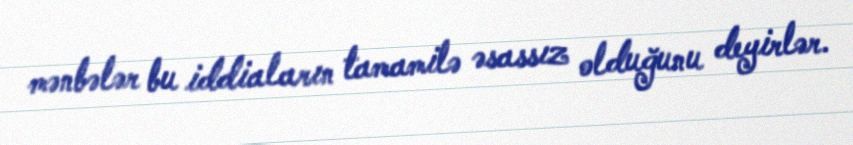
mənbələr bu iddiaların tamamilə əsassız olduğunu deyirlər.